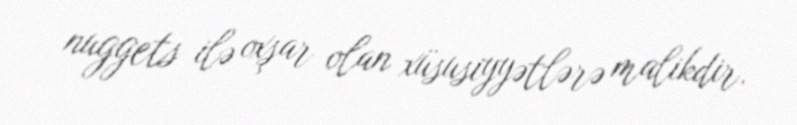
nuggets ilə oxşar olan xüsusiyyətlərə malikdir.